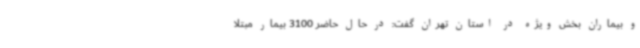
و بیماران بخش ویژه در استان تهران گفت: در حال حاضر 3100 بیمار مبتلا